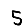
Digit: 5